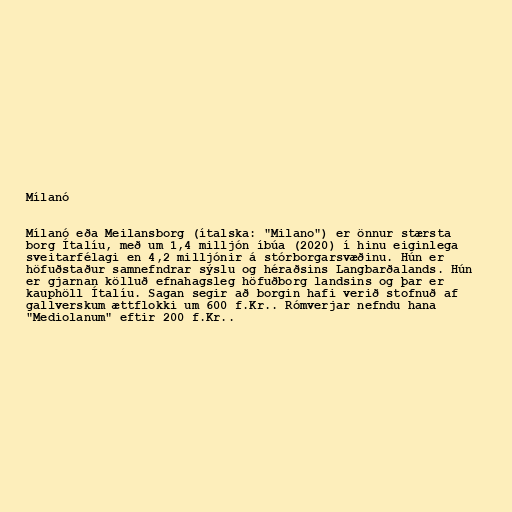
Mílanó

Mílanó eða Meilansborg (ítalska: "Milano") er önnur stærsta
borg Ítalíu, með um 1,4 milljón íbúa (2020) í hinu eiginlega
sveitarfélagi en 4,2 milljónir á stórborgarsvæðinu. Hún er
höfuðstaður samnefndrar sýslu og héraðsins Langbarðalands. Hún
er gjarnan kölluð efnahagsleg höfuðborg landsins og þar er
kauphöll Ítalíu. Sagan segir að borgin hafi verið stofnuð af
gallverskum ættflokki um 600 f.Kr.. Rómverjar nefndu hana
"Mediolanum" eftir 200 f.Kr..